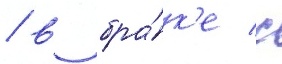
/ в бра́к'е с